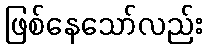
ဖြစ်နေသော်လည်း